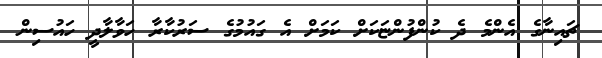
ޗައިނާގެ އެންމެ ދެ ކުންފުންޏަކަށް ކަމަށް އެ ގައުމުގެ ސަރުކާރާ ހަވާލާދީ ހައުސިން